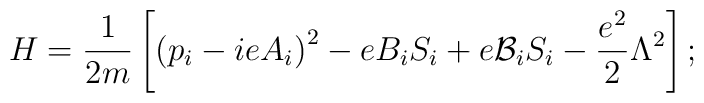
H=\frac{1}{2m}\left[ \left( p_{i}-ieA_{i}\right)^{2}-eB_{i}S_{i} +e{\cal {B}}_{i}S_{i}-\frac{e^{2}}{2}\Lambda ^{2}\right] ;